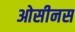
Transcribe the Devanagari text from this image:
ओसीनस